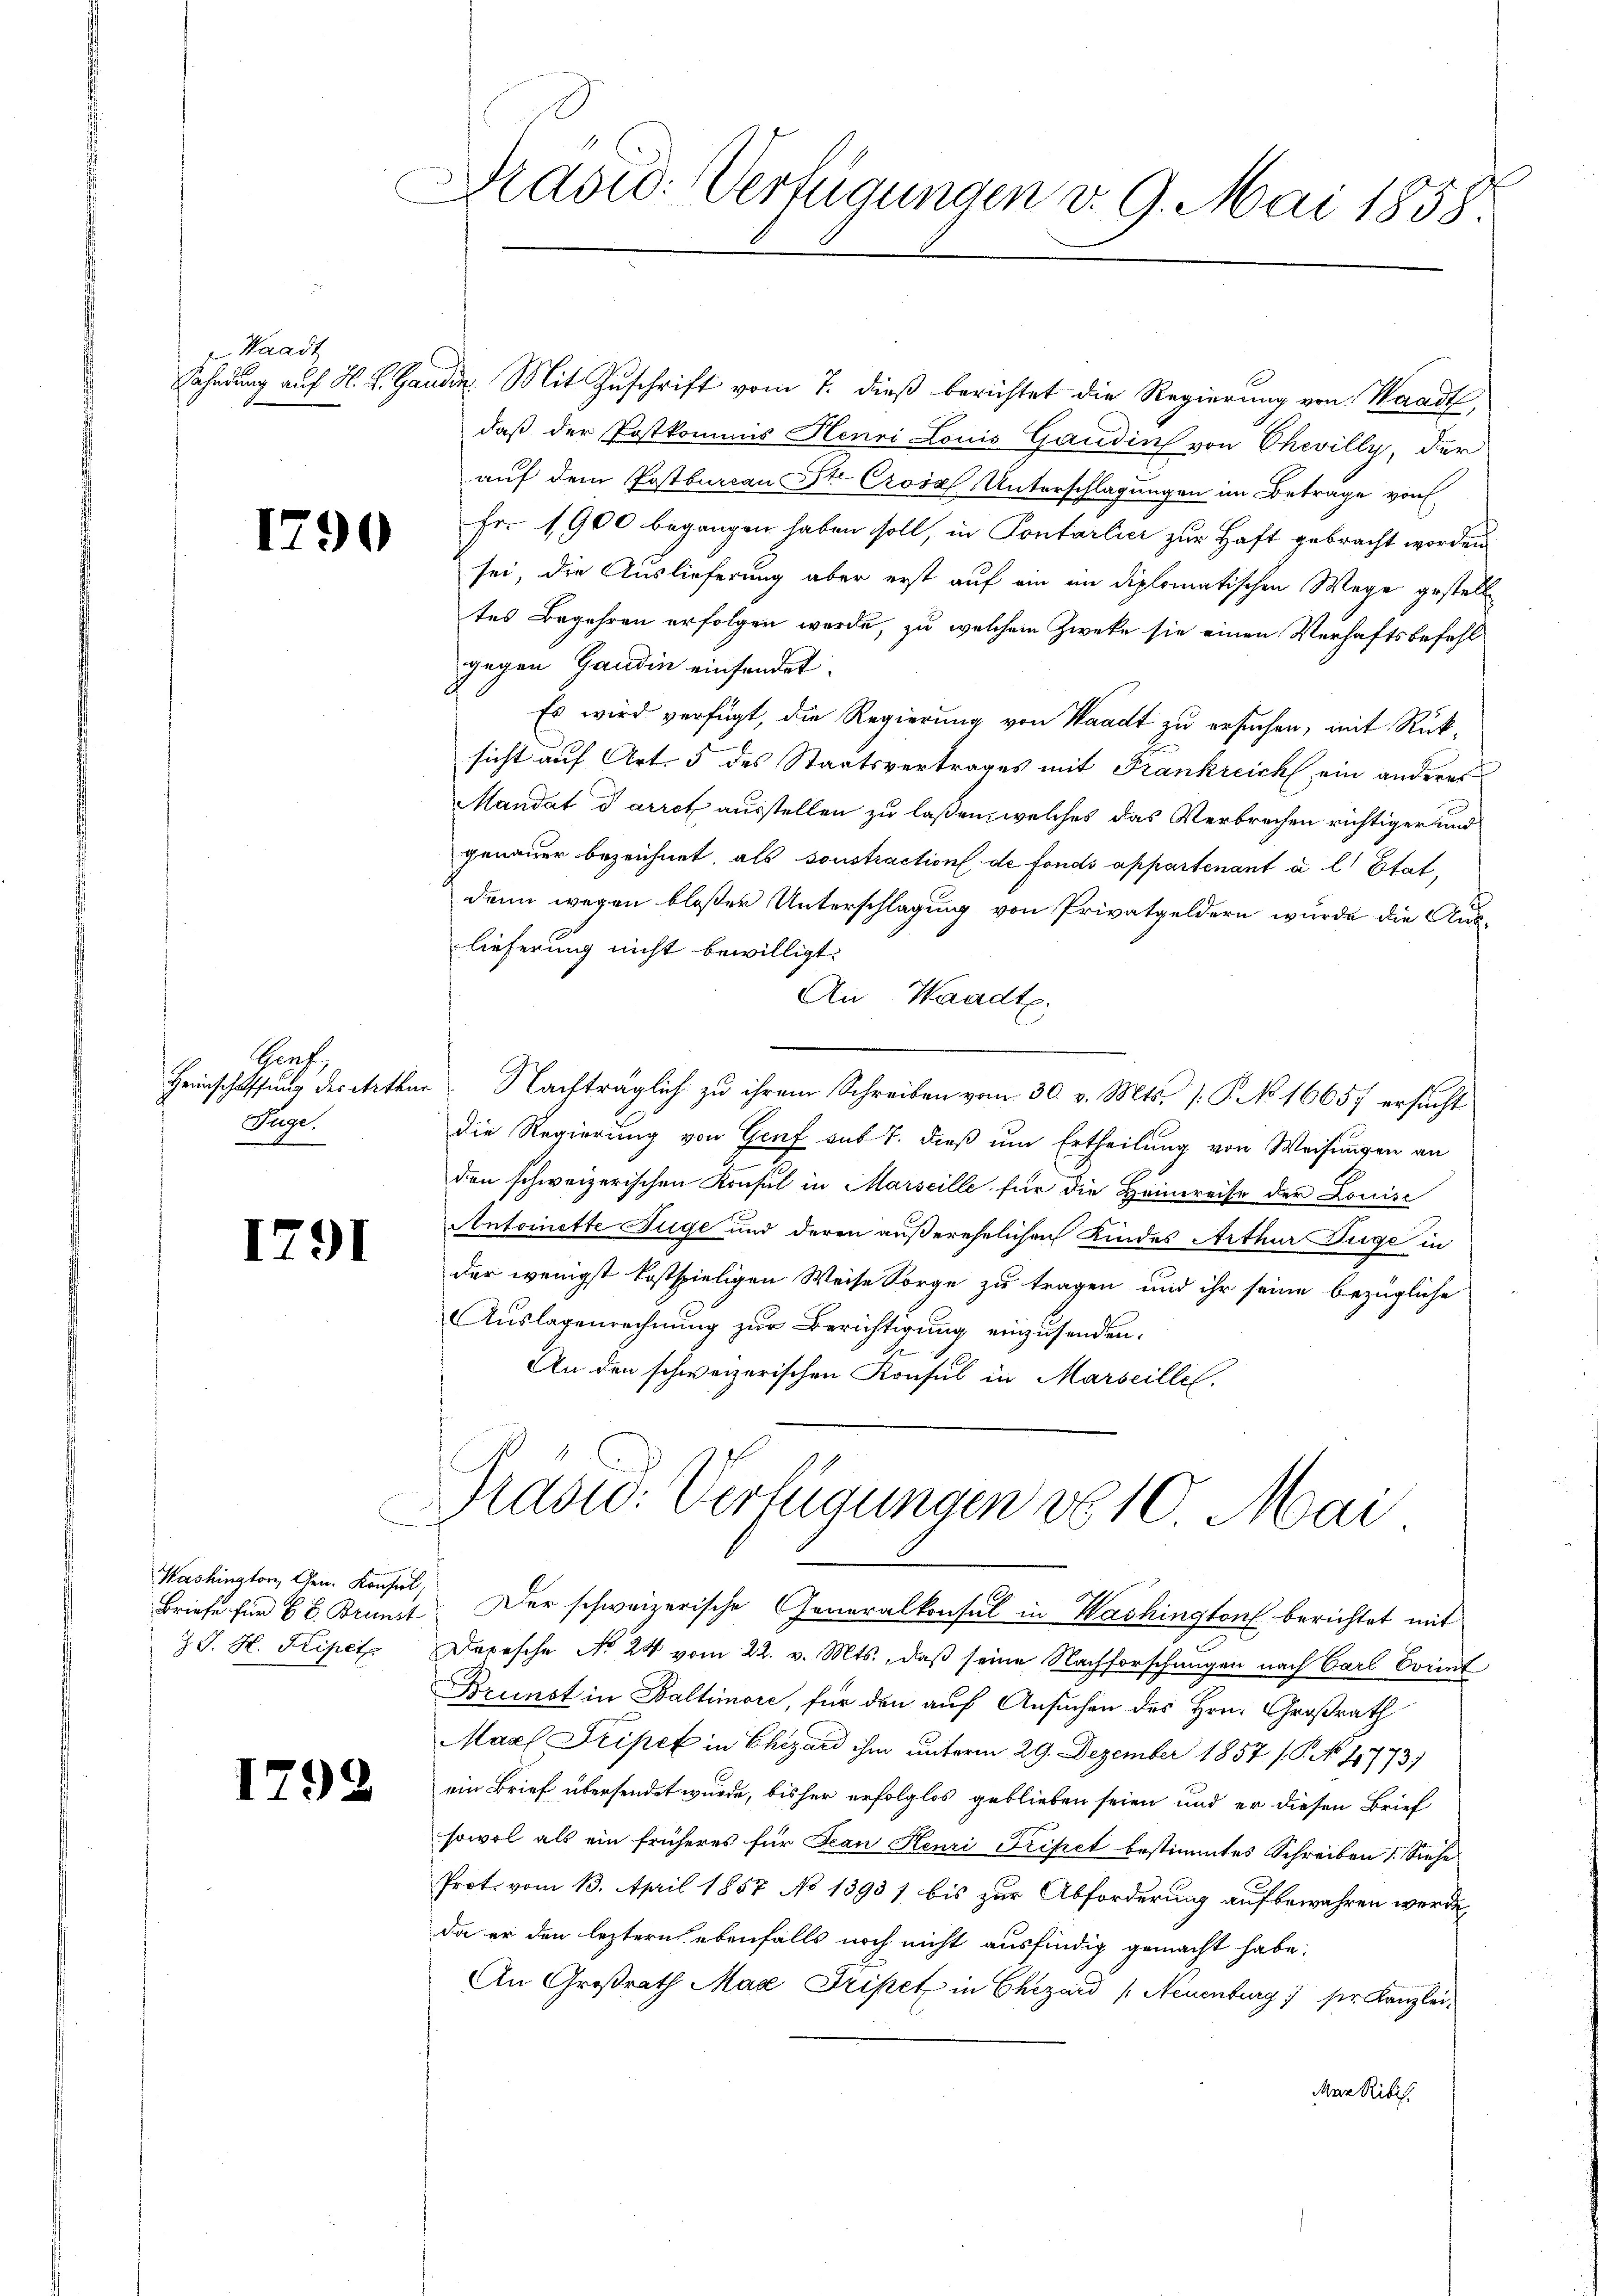
Waadt

1791

I.

1790

Genf,
Heimschaffung des Arthur
Juge.

Washington, Gen. Konfel
Briefe für 68. Brunst
J. J. H. Keisetz

2

Brasid: Verfügungen v. 9. Mai 1858.

Fahndung auf H. L. Ganden Mit Zuschrift vom 7. dieß berichtet die Regierung von Waadt,
daß der Postkommis Henri Louis Gaudin von Chevilly, der
auf dem Postbureau St. Croša Unterschlagungen im Betrage von
Fr. 1900 begangen haben soll, in Pontarlier zur Haft gebracht worden
sei, die Auslieferung aber erst auf ein im diplomatischen Wege gestell
tes Begehren erfolgen werde, zu welchem Zwecke sie einen Verhaftsbefehl
gegen Gandin einsendet.
Es wird verfügt, die Regierung von Waadt zu ersuchen, mit Rücksicht auf Art. 5 des Staatsvertrages mit Frankreich ein anderes
Mandat darret ausstellen zu laßen, welches das Verbrechen richtiger und
genauer bezeichnet, als sonstraction de fonds appartenant à l’Etat,
denn wegen bloßer Unterschlagung von Privatgeldern wurde die Auslieferung nicht bewilligt.
An Waadt.
Nachträglich zu ihrem Schreiben vom 30. v. Mts. /: P. No 16657 ersucht
die Regierung von Genf sub 7. dieß um Ertheilung von Weisungen an
den schweizerischen Konsul in Marseille für die Heimreise der Louise
Antoinette Füge und deren außerehelichen Kindes Arthur Juge in
der wenigst kostspieligen Weise Sorge zu tragen und ihr seine bezügliche
Auslagenrechnung zur Berichtigung einzusenden.
An den schweizerischen Konsul in Marseille.
Drasw: Verfügungen No 10. Mai
S
Der schweizerische Generalkonsul in Washington berichtet mit
Depesche No 24 vom 22. v. Mts., daß seine Nachforschungen nach Carl Sonnt
Brunst in Baltimore, für den auf Ansuchen des Hrn. Großrath
Marl Fripet in Chizard ihm unterm 29. Dezember 1857 (P. No 1773)
ein Brief übersendet wurde, bisher erfolglos geblieben seien und er diesen Brief
sowol als ein früheres für Jean Henri Tripet bestimmtes Schreiben 1. Siehe
Prot. vom 13. April 1857 No 13931 bis zur Abforderung aufbewahren werde,
da er den leztern ebenfalls noch nicht ausfindig gemacht habe.
An Großrath Max Fripet in Chizard (Neuenburg , ser Kanzlei¬
Mein Ribis